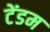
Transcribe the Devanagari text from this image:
टेंडम